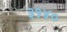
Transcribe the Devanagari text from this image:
३१४०